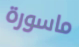
ماسورة